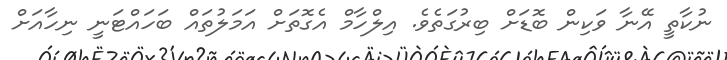
ނުކާތީ އޭނާ ވަކިން ބޮޑަށް ބިރުގަތެވެ. އިލްހާމް އެގޮތަށް އަމަލުތައް ބަހައްޓަނީ ނިހާއަށް